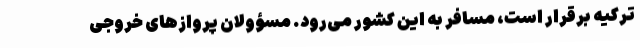
ترکیه برقرار است، مسافر به این کشور می‌رود. مسؤولان پروازهای خروجی